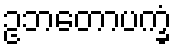
ဥဘတောပက္ခံ